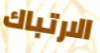
الارتباك